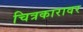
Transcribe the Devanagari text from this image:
चित्रकारावर